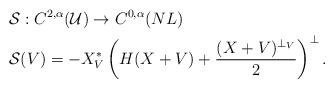
LaTeX: \begin{align*}&\mathcal{S}:C^{2,\alpha}(\mathcal{U})\to C^{0,\alpha}(NL)\\&\mathcal{S}(V)= -X_V^*\left(H(X+V)+\frac{(X+V)^{\perp_V}}{2}\right)^{\perp}.\end{align*}